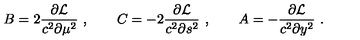
B = 2 { \frac { \partial { \cal L } } { c ^ { 2 } \partial \mu ^ { 2 } } } \ , \qquad C = - 2 { \frac { \partial { \cal L } } { c ^ { 2 } \partial s ^ { 2 } } } \ , \qquad A = - { \frac { \partial { \cal L } } { c ^ { 2 } \partial y ^ { 2 } } } \ .